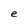
Character: e